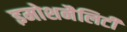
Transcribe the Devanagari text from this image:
इमोशनैलिटी